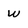
Character: W